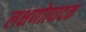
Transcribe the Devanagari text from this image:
लक्षणोत्पादक